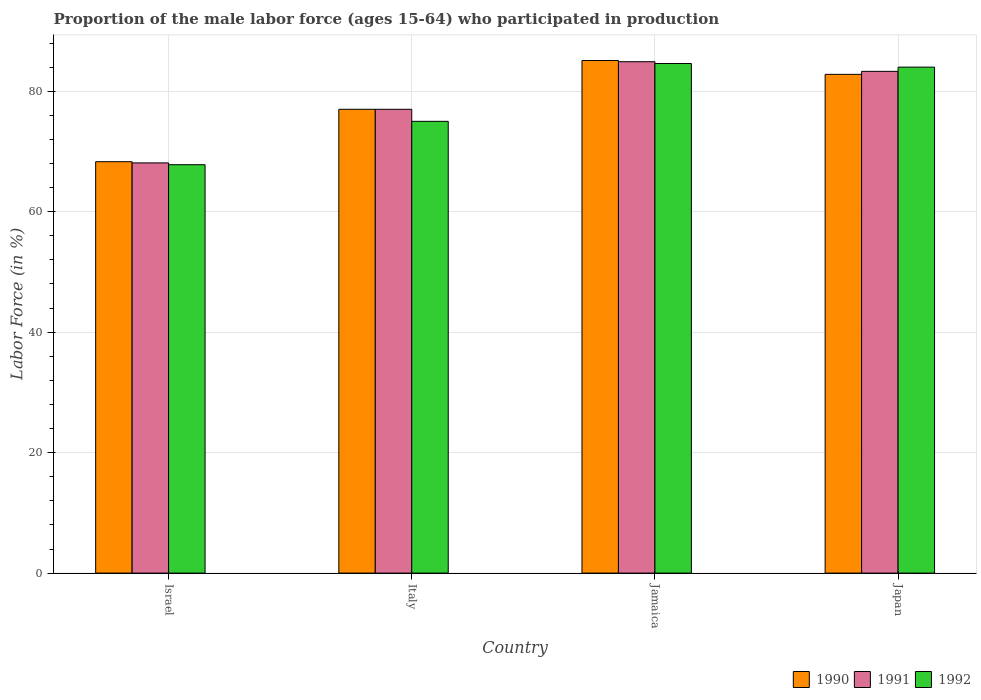
| Country | 1990 | 1991 | 1992 |
 | --- | --- | --- | --- |
 | Israel | 68.3 | 68.1 | 67.8 |
 | Italy | 77 | 77 | 75 |
 | Jamaica | 85.1 | 84.9 | 84.6 |
 | Japan | 82.8 | 83.3 | 84 |